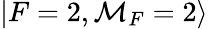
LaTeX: |F=2,\mathcal{M}_{F}=2\rangle